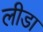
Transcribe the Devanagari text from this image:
लीडा